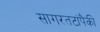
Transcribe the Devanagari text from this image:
सागरतटांपैकी